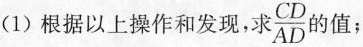
(1)根据以上操作和发现，求\frac{CD}{AD}的值；